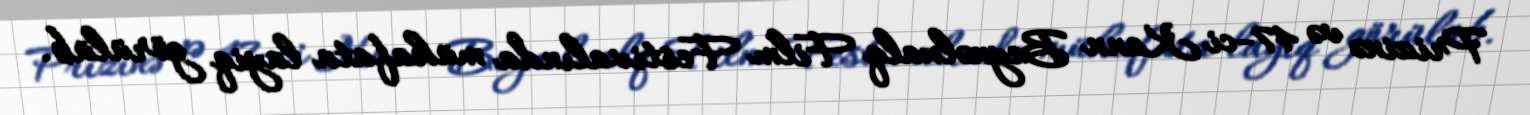
Prizinə və 47-ci Kann Beynəlxalq Film Festivalında mükafata layiq görülüb.